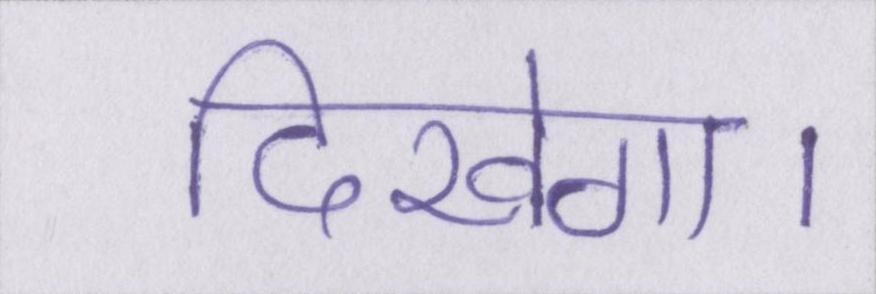
दिखेगा।